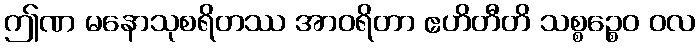
ဤဏ မနောသုစရိတဿ အာဝရိတာ ဧဟိတီတိ သစ္စဉ္စေဝ ဝလ